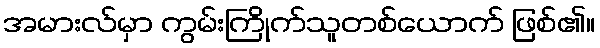
အမားလ်မှာ ကွမ်းကြိုက်သူတစ်ယောက် ဖြစ်၏။